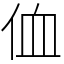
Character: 侐